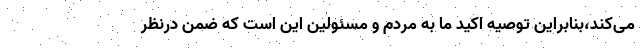
می‌کند،‌بنابراین توصیه اکید ما به مردم و مسئولین این است که ضمن درنظر